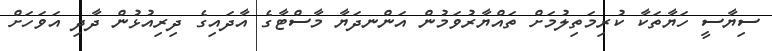
ސިޔާސީ ހަޔާތަކާ ކުރިމަތިލުމަށް ތައްޔާރުވަމުން އަންނދަޔާ މާސްޓާގެ އާދައިގެ ދިރިއުޅުން ދާދި އަވަހަށް